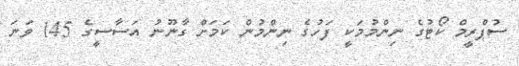
ސުޕްރީމް ކޯޓުގެ ނިންމުމަކީ ފަހުގެ ނިންމުން ކަމަށް ގާނޫނު އަސާސީގެ 145 ވަނަ